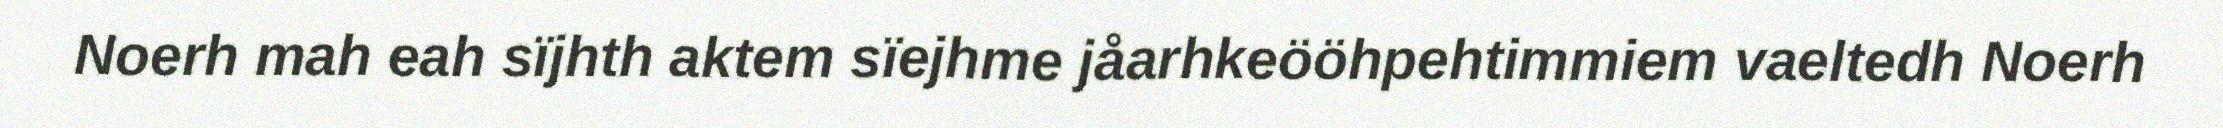
Noerh mah eah sïjhth aktem sïejhme jåarhkeööhpehtimmiem vaeltedh Noerh